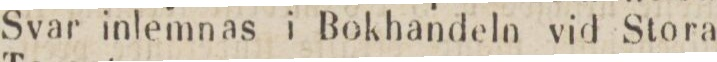
Svar inlemnas i Bokhandeln vid Stora